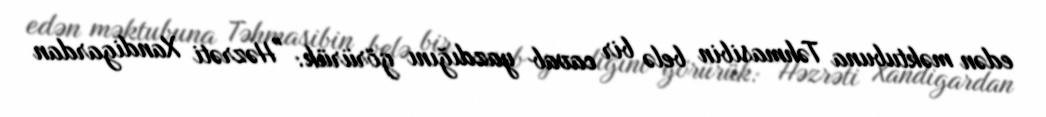
edən məktubuna Təhmasibin belə bir cavab yazdığını görürük: "Həzrəti Xandigardan